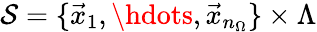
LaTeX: \mathcal{S}=\{ \vec{x}_{1},\hdots,\vec{x}_{n_{\Omega}}\} \times\Lambda